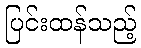
ပြင်းထန်သည့်